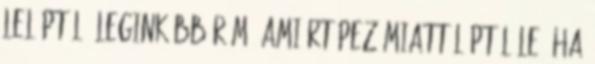
leléptél. Leginkább rám, amiért Pez miatt léptél le. Ha